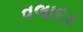
વલાદર